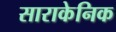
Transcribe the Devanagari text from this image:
साराकेनिक